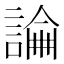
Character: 𧪺